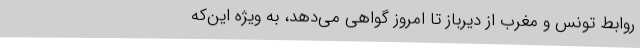
روابط تونس و مغرب از دیرباز تا امروز گواهی می‌دهد، به ویژه این‌که